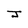
Character: J